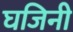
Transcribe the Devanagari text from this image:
घजिनी